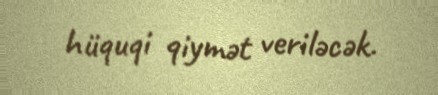
hüquqi qiymət veriləcək.